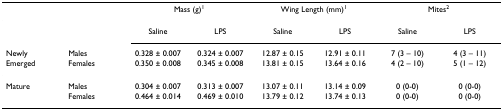
|  |  | <COLSPAN=2> Mass (g)1 | <COLSPAN=2> Wing Length (mm)1 | <COLSPAN=2> Mites2 |
 | --- | --- | --- | --- | --- | --- | --- | --- |
 |  |  | Saline | LPS | Saline | LPS | Saline | LPS |
 | Newly | Males | 0.328 ± 0.007 | 0.324 ± 0.007 | 12.87 ± 0.15 | 12.91 ± 0.11 | 7 (3 – 10) | 4 (3 – 11) |
 | Emerged | Females | 0.350 ± 0.008 | 0.345 ± 0.008 | 13.81 ± 0.15 | 13.64 ± 0.16 | 4 (2 – 10) | 5 (1 – 12) |
 | Mature | Males | 0.304 ± 0.007 | 0.313 ± 0.007 | 13.07 ± 0.11 | 13.14 ± 0.09 | 0 (0-0) | 0 (0-0) |
 |  | Females | 0.464 ± 0.014 | 0.469 ± 0.010 | 13.79 ± 0.12 | 13.74 ± 0.13 | 0 (0-0) | 0 (0-0) |